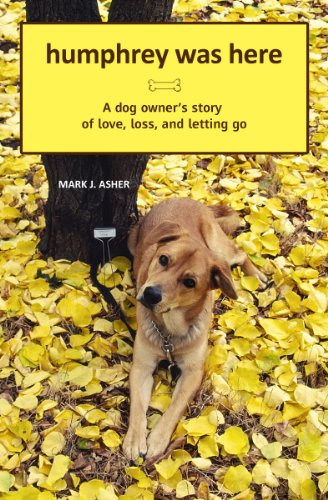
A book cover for Humphrey Was Here: A Dog Owner's Story of Love, Loss, and Letting Go; Mark J. Asher; Crafts, Hobbies & Home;